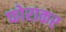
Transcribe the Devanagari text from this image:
फोराकर